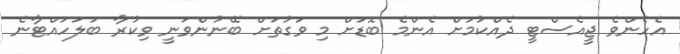
އެހެންވެ ޖީއެސްޓީ ދެއްކުމަށް އެންމެ ބޮޑަށް މި ވަގުތަށް ބޭނުންވަނީ ވިކުރާ ބަލަހައްޓާނެ